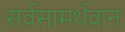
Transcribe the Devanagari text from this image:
सर्वसामर्थवान